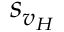
s _ { v _ { H } }